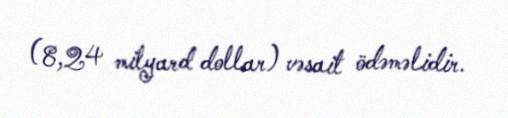
(8,24 milyard dollar) vəsait ödəməlidir.